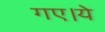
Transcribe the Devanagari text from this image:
गए।ये